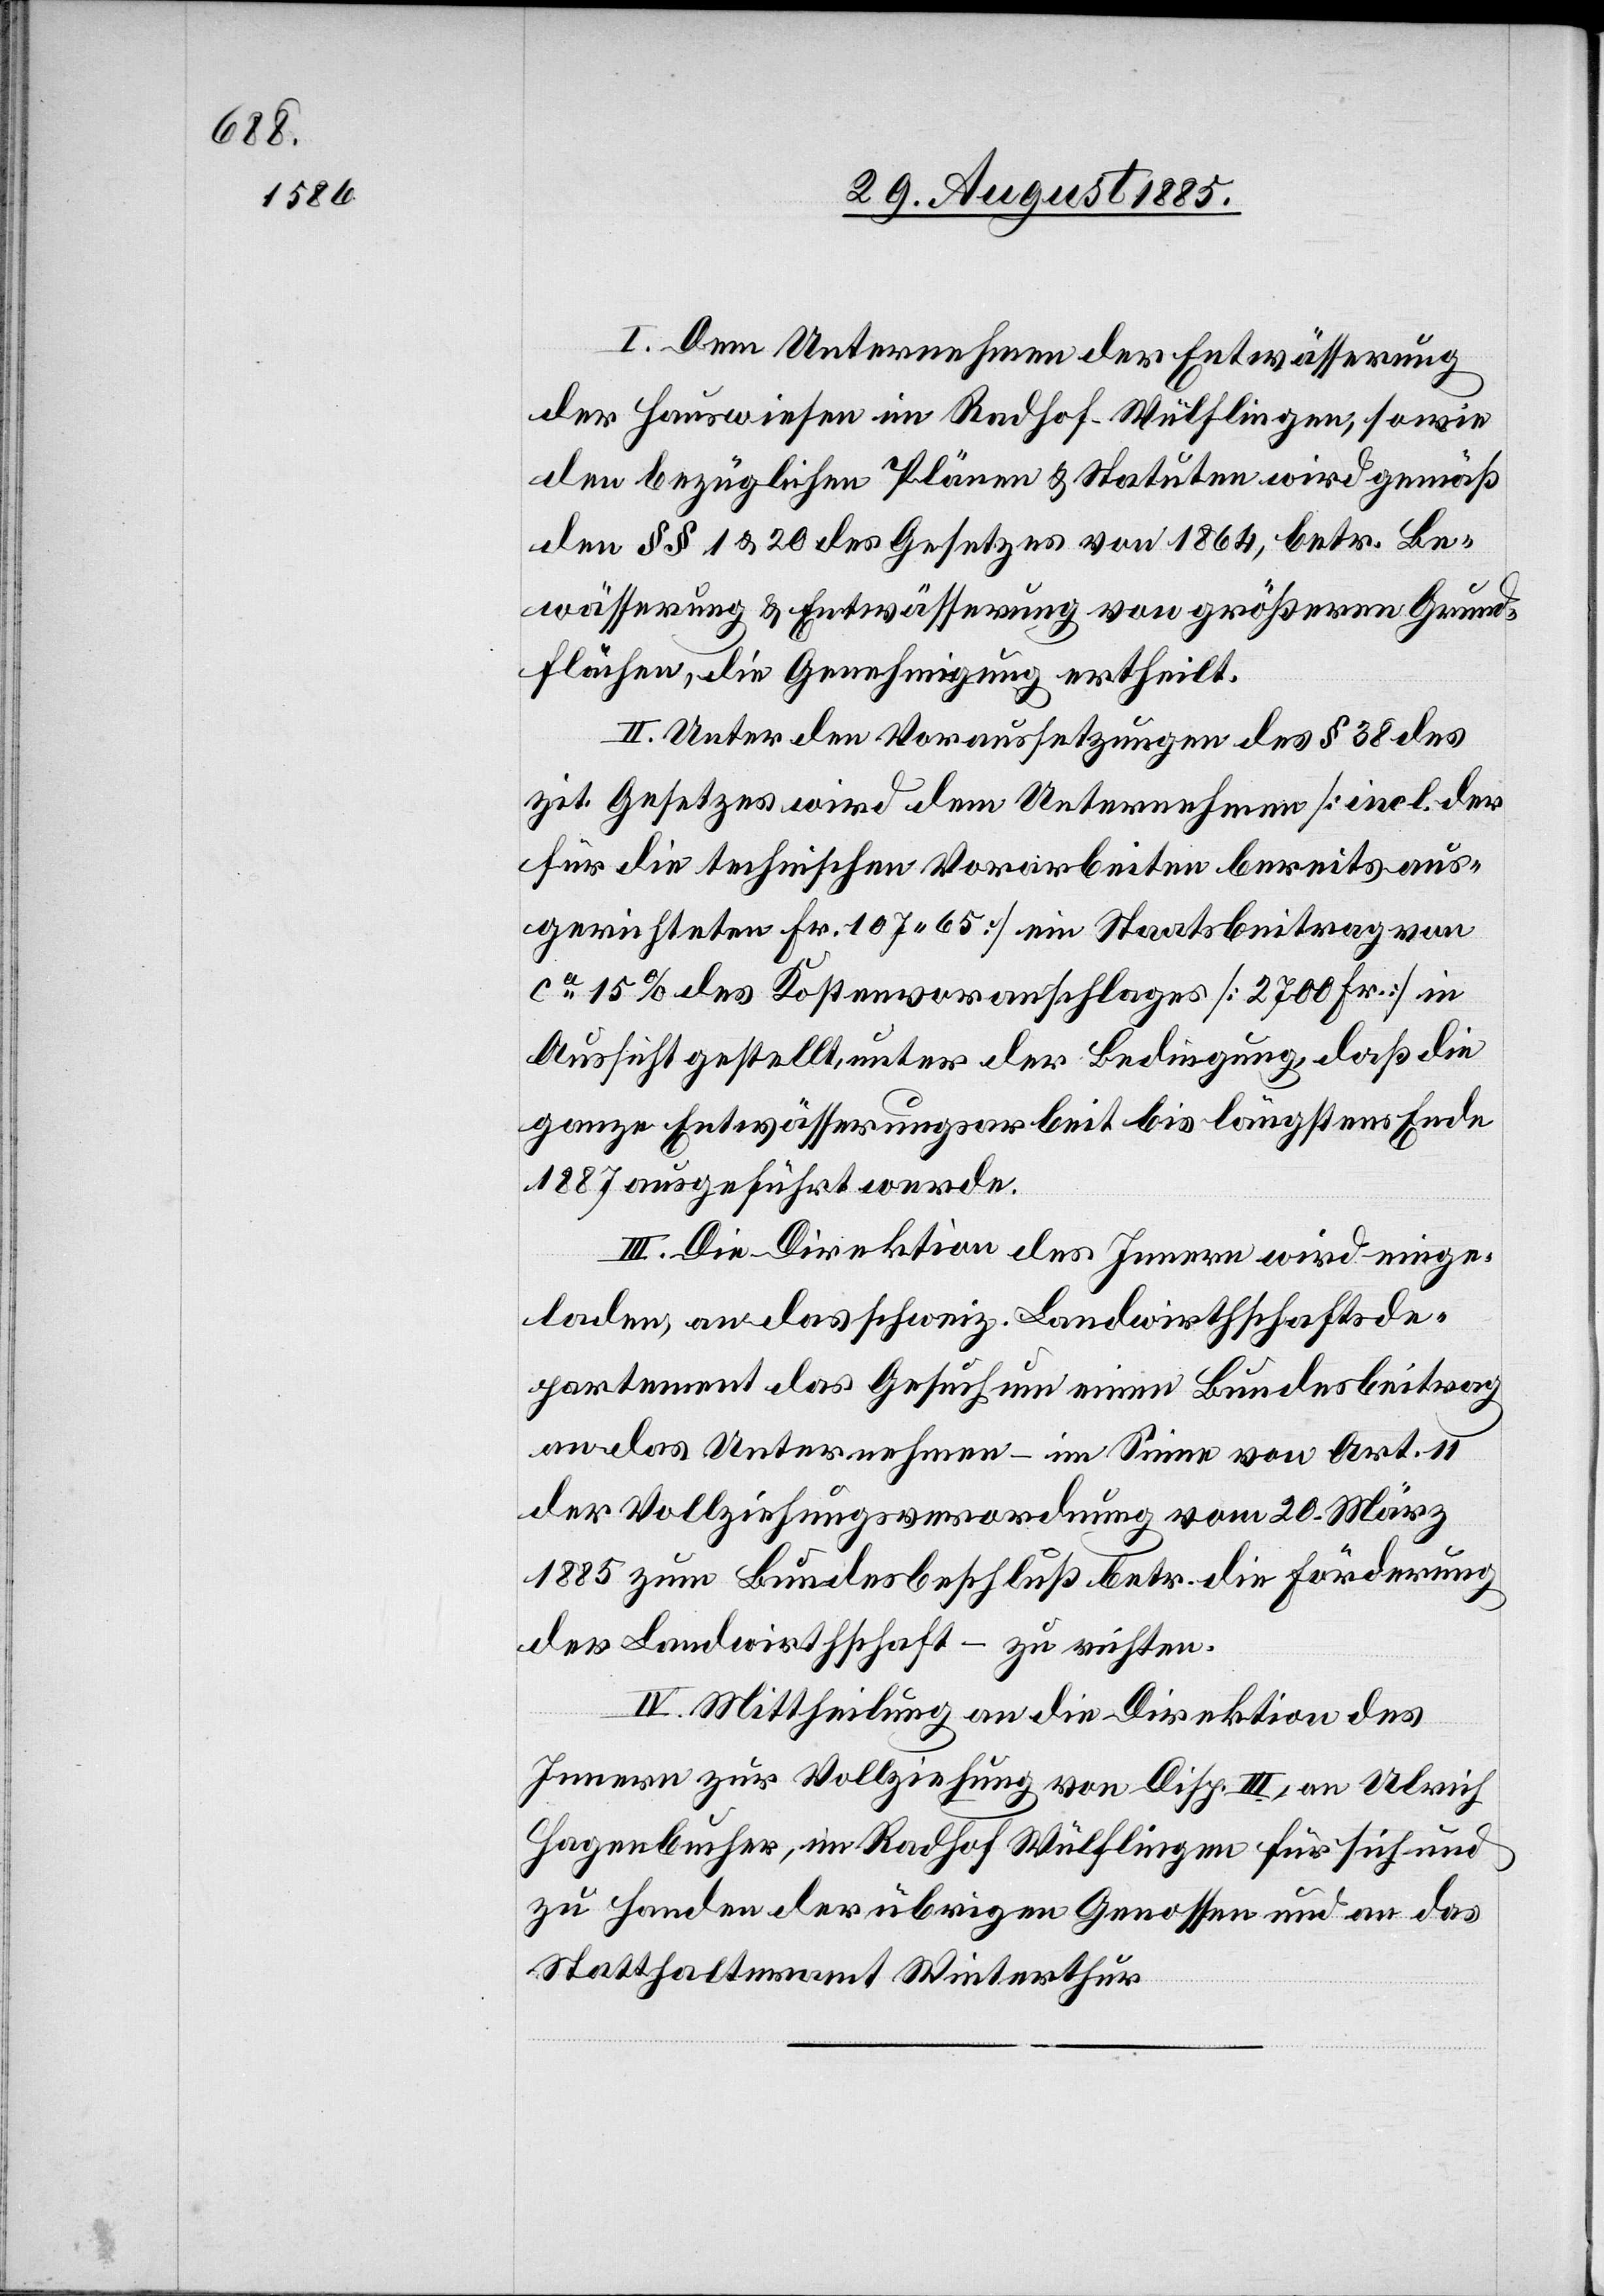
I. Dem Unternehmen der Entwässerung
der Hauswiesen im Radhof - Wülflingen, sowie
den bezüglichen Plänen & Statuten wird gemäß
den §§ 1 & 20 des Gesetzes von 1864, betr. Be¬
wässerung & Entwässerung von größeren Grund¬
flächen, die Genehmigung ertheilt.
II. Unter den Voraussetzungen des § 38 des
zit. Gesetzes wird dem Unternehmen [incl. der
für die technischen Vorarbeiten bereits aus¬
gerichteten Fr. 107 65] ein Staatsbeitrag von
ca 15% des Kostenvoranschlages [2700 Fr.] in
Aussicht gestellt unter der Bedingung, daß die
ganze Entwässerungsarbeit bis längstens Ende
1887 ausgeführt werde.
III. Die Direktion des Innern wird einge¬
laden, an das schweiz. Landwirthschaftsde¬
partement das Gesuch um einen Bundesbeitrag
an das Unternehmen – im Sinne von Art. 11
der Vollziehungsverordnung vom 20. März
1885 zum Bundesbeschluß betr. die Förderung
der Landwirthschaft – zu richten.
IV. Mittheilung an die Direktion des
Innern zur Vollziehung von Disp. III, an Ulrich
Hagenbucher, im Radhof Wülflingen für sich und
zu Handen der übrigen Genossen und an das
Statthalteramt Winterthur.